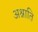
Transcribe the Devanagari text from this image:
अश्नाति